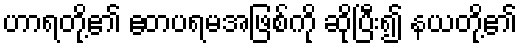
ဟာရတို့၏ ဧတပရမအဖြစ်ကို ဆိုပြီး၍ နယတို့၏